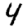
Digit: 4